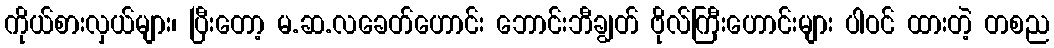
ကိုယ်စားလှယ်များ၊ ပြီးတော့ မ.ဆ.လခေတ်ဟောင်း ဘောင်းဘီချွတ် ဗိုလ်ကြီးဟောင်းများ ပါဝင် ထားတဲ့ တစည